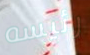
رئيسه